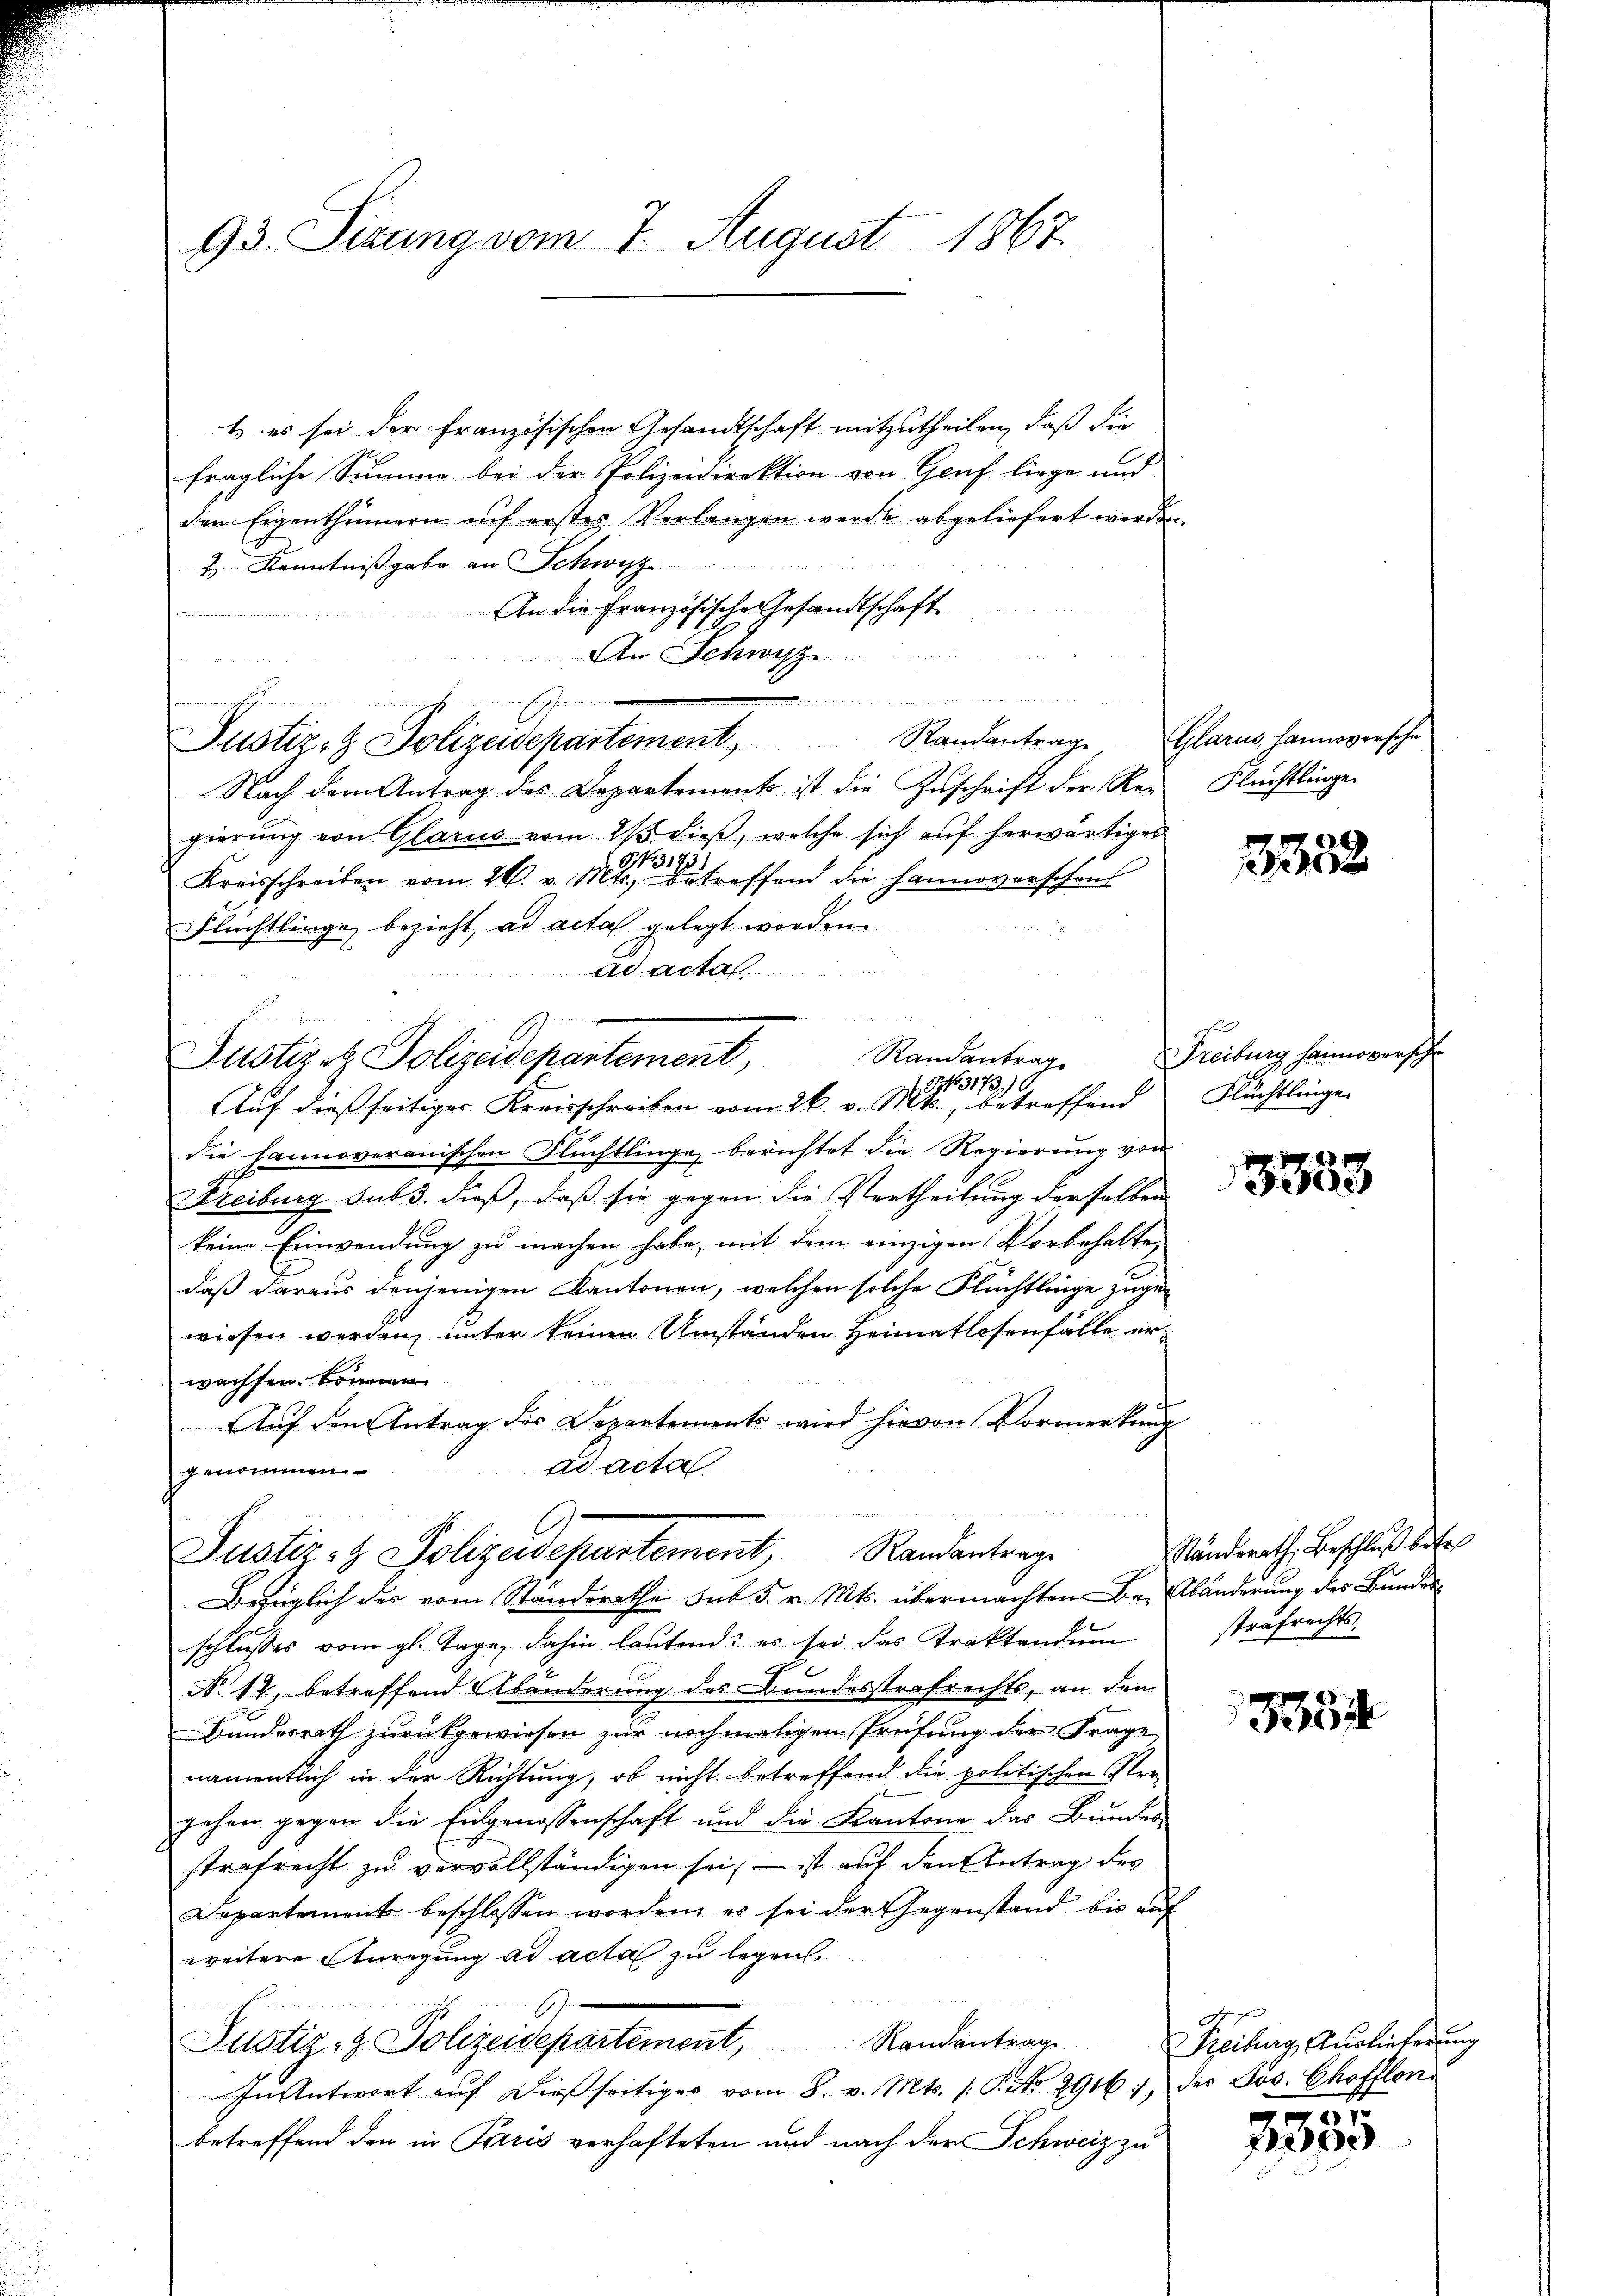
93. Situng vom 7. August 1867.

t es sei der Französischen Gesandtschaft mitzutheilen, daß die
fragliche Summe bei der Polizeidirektion von Genf liege und
den Eigenthümern auf erstes Verlangen werde abgeliefert werden.
2 Kenntnißgabe an Schwyz
An die Französische Gesandtschaft

An Schwyz
.
Nach dem Antrag des Departements ist die Zuschrift der Reu Flüchtlinger
gierŭng von Glarus vom 25. dieβ, welche sich aŭf herwärtiges
Kreisschreiben vom 26. v. Mts. betreffend die Hannoverschens
Flüchtlinge, bezieht, ad acta gelegt worden.
ad actal.
himmen
Justiz & Polizeidepartement,
S 31730.
Auf dieß seitiger Kreisschreiben vom 26. v. Mts., betreffend
die hannoveranischen Flüchtlinge berichtet die Regierung vor
Freiburg sub 3. dieß, daß sie gegen die Vertheilung derselben
keine Einwendung zu machen habe, mit dem einzigen Vorbehalte
daß daraus denjenigen Kantonen, welchen solche Flüchtlinge zugewiesen werden, unter keinen Umständen Heimatlosenfälle erwachsen können
Auf den Antrag des Departements wird hievon Vormerkung
ad acta
genommen
s
.
Justiz- & Polizeidepartement, Randantrage
Bezüglich des vom Standerathe sub 5. v. Mts. übermachten Br. Abänderung des Bundesschlusses vom gl. Tage, dahin lautend; es sei das Traktandum
No. 12, betreffend Abänderung des Bundesstrafrechts, an den
Bundesrath zurückgewiesen zur nochmaligen Prüfung der Frage
namentlich in der Richtung, ob nicht betreffend die politischen Vergehen gegen die Eingenossenschaft und die Kantone das Bunder
strafrecht zu vervollständigen sei, – ist auf den Antrag des
Departements beschlossen worden, er sei der Gegenstand bis aŭf
weitere Anregung ad acta zu legen,

Justiz- & Polizeidepartement, Randantrage
In Antwort aŭf dießseitiger vom 8. v. Mts. 1. P. No 29161, der Jos. Chofflon
betreffend den in Paris verhafteten und nach der Schweiz zu

Justiz- & Polizeidepartement. Randantrag. Glarus, Lannoversche

Randantrag

3352

Freiburg hannoversche
Flüchtlinge.

3333

Ständerath, Beschluß betr
strafrechts.

3354

Freiburg, Auslieferung

5
00